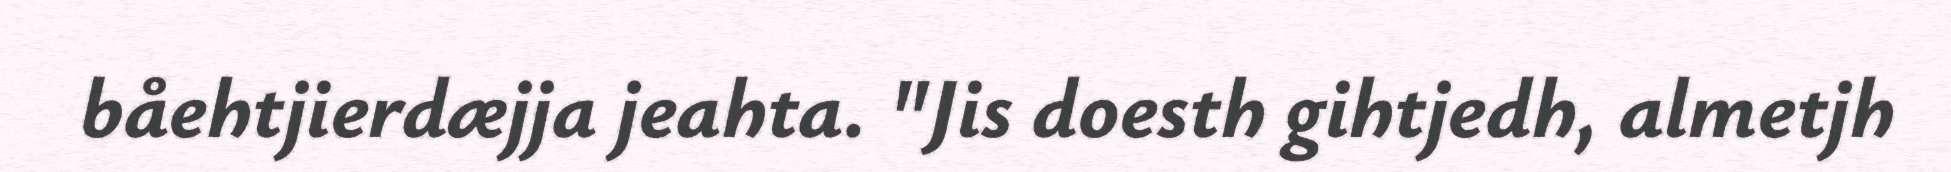
båehtjierdæjja jeahta. "Jis doesth gihtjedh, almetjh